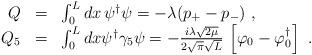
LaTeX: \begin{align*}\begin{array}{r c l}Q&=&\int_0^L dx\,\psi^\dagger\psi=-\lambda(p_+-p_-)\ ,\\Q_5&=&\int_0^L dx\psi^\dagger\gamma_5\psi=-\frac{i\lambda\sqrt{2\mu}}{2\sqrt{\pi}\sqrt{L}}\,\left[\varphi_0-\varphi^\dagger_0\right]\ .\end{array}\end{align*}